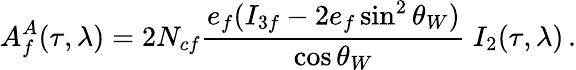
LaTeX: A_{f}^{A}(\tau,\lambda)=2N_{cf}\frac{e_{f}(I_{3f}-2e_{f}\sin^{2}\theta_{W})}{\cos\theta_{W}}~I_{2}(\tau,\lambda)\, .